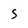
Character: S